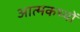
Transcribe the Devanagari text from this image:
आत्मकथ्यों